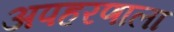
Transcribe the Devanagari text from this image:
अपहरणाला